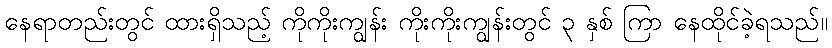
နေရာတည်းတွင် ထားရှိသည့် ကိုကိုးကျွန်း ကိုးကိုးကျွန်းတွင် ၃ နှစ် ကြာ နေထိုင်ခဲ့ရသည်။